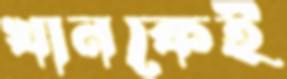
খানকেই